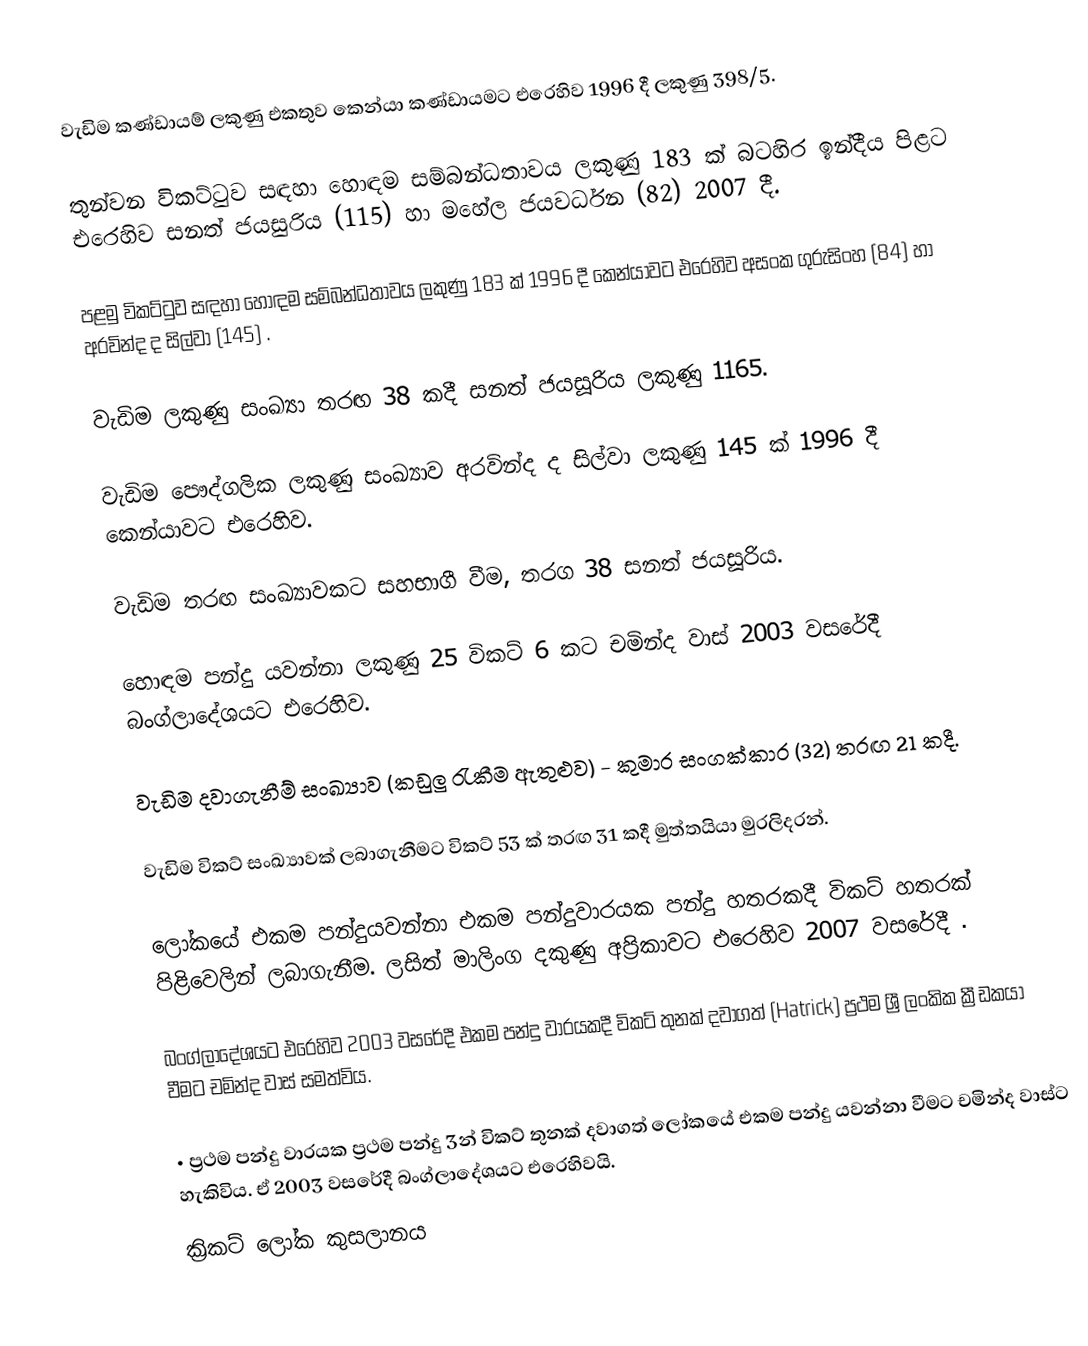
වැඩිම කණ්ඩායම් ලකුණු එකතුව කෙන්යා කණ්ඩායමට එරෙහිව 1996 දී ලකුණු 398/5.

තුන්වන විකට්ටුව සඳහා හොඳම සම්බන්ධතාවය ලකුණු 183 ක් බටහිර ඉන්දීය පිළට එරෙහිව සනත් ජයසුරිය (115) හා මහේල ජයවර්ධන (82) 2007 දී.

පළමු විකට්ටුව සඳහා හොඳම සම්බන්ධතාවය ලකුණු 183 ක් 1996 දී කෙන්යාවට එරෙහිව අසංක ගුරුසිංහ (84) හා අරවින්ද ද සිල්වා (145) .

වැඩිම ලකුණු සංඛ්‍යා තරඟ 38 කදී සනත් ජයසූරිය ලකුණු 1165.

වැඩිම පෞද්ගලික ලකුණු සංඛ්‍යාව අරවින්ද ද සිල්වා ලකුණු 145 ක් 1996 දී කෙන්යාවට එරෙහිව.

වැඩිම තරඟ සංඛ්‍යාවකට සහභාගී වීම, තරග 38 සනත් ජයසූරිය.

හොඳම පන්දු යවන්නා ලකුණු 25 විකට් 6 කට චමින්ද වාස් 2003 වසරේදී බංග්ලාදේශයට එරෙහිව.

වැඩිම දවාගැනීම් සංඛ්‍යාව (කඩුලු රැකීම ඇතුළුව) - කුමාර සංගක්කාර (32) තරඟ 21 කදී.

වැඩිම විකට් සංඛ්‍යාවක් ලබාගැනීමට විකට් 53 ක් තරඟ 31 කදී මුත්තයියා මුරලිදරන්.

ලෝකයේ එකම පන්දුයවන්නා එකම පන්දුවාරයක පන්දු හතරකදී විකට් හතරක් පිළිවෙලින් ලබාගැනීම. ලසිත් මාලිංග දකුණු අප්‍රිකාවට එරෙහිව 2007 වසරේදී .

බංග්ලාදේශයට එරෙහිව 2003 වසරේදී එකම පන්දු වාරයකදී විකට් තුනක් දවාගත් (Hatrick) ප්‍රථම ශ්‍රී ලංකික ක්‍රීඩකය‍ා වීමට චමින්ද වාස් සමත්විය.

•	ප්‍රථම පන්දු වාරයක ප්‍රථම පන්දු 3න් විකට් තුනක් දවාගත් ලෝකයේ එකම පන්දු යවන්නා වීමට චමින්ද වාස්ට හැකිවිය. ඒ 2003 වසරේදී බංග්ලාදේශයට එරෙහිවයි.
ක්‍රිකට් ලෝක කුසලානය